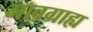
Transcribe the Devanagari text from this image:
भावग्राह्य